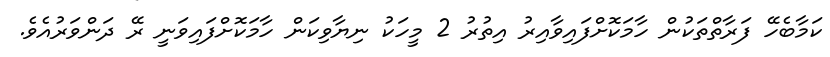
ކަމާބެހޭ ފަރާތްތަކުން ހާމަކޮށްފައިވާއިރު އިތުރު 2 މީހަކު ނިޔާވިކަން ހާމަކޮށްފައިވަނީ ރޭ ދަންވަރުއެވެ.